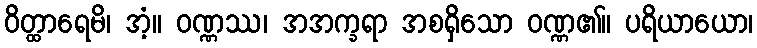
ဝိတ္ထာရေမိ၊ အံ့။ ဝဏ္ဏဿ၊ အအက္ခရာ အစရှိသော ဝဏ္ဏ၏။ ပရိယာယော၊